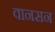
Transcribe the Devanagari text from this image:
वानसन